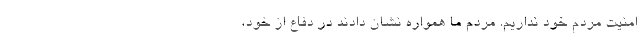
امنیت مردم خود نداریم. مردم ما همواره نشان دادند در دفاع از خود،